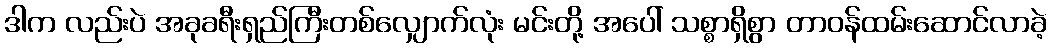
ဒါက လည်းပဲ အခုခရီးရှည်ကြီးတစ်လျှောက်လုံး မင်းတို့ အပေါ် သစ္စာရှိစွာ တာဝန်ထမ်းဆောင်လာခဲ့